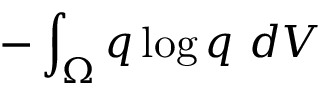
- \int _ { \Omega } q \log q \ d V